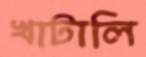
খাটালি